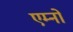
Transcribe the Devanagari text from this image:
एम्नो